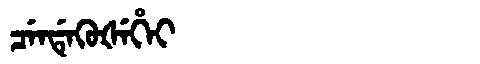
Manchu: ᠴᡝᠨᡩᡝᡴᡠᡧᡝᡥᡝᡳ
Romanization: CENDEKUŠEHEI